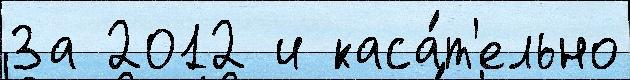
За 2012 и каса́т'ельно